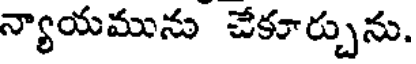
న్యాయమును చేకూర్చును.